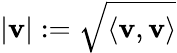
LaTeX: |\mathbf{v}|:={\sqrt{\langle\mathbf{v},\mathbf{v}\rangle}}